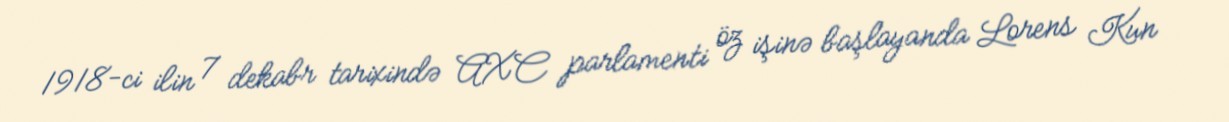
1918-ci ilin 7 dekabr tarixində AXC parlamenti öz işinə başlayanda Lorens Kun